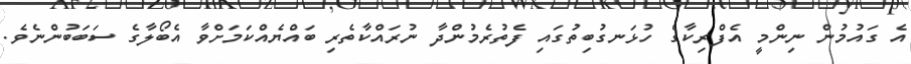
އެ ގައުމުން ނިންމީ އެފްރިކާގެ ހުޅަނގުބިތުގައި ފެތުރެމުންދާ ނުރައްކާތެރި ބައްޔެއްކަމަށްވާ އެބޯލާގެ ސަބަބުންނެވެ.